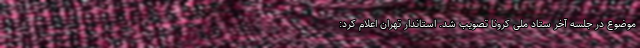
موضوع در جلسه آخر ستاد ملی کرونا تصویب شد. استاندار تهران اعلام کرد: